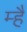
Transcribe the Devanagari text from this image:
म्है